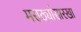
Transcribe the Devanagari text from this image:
मराठ्यांसारखा